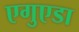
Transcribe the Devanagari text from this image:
एगुएडा